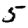
Digit: 5